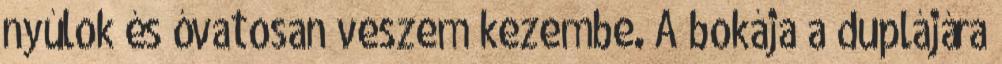
nyúlok és óvatosan veszem kezembe. A bokája a duplájára